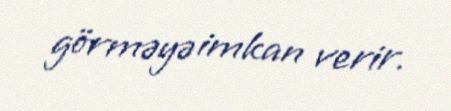
görməyə imkan verir.